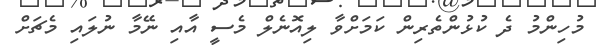
މުހިންމު ދެ ކުޅުންތެރިން ކަމަށްވާ ލިއޮނެލް މެސީ އާއި ނޭމާ ނުލައި މެޗަށް